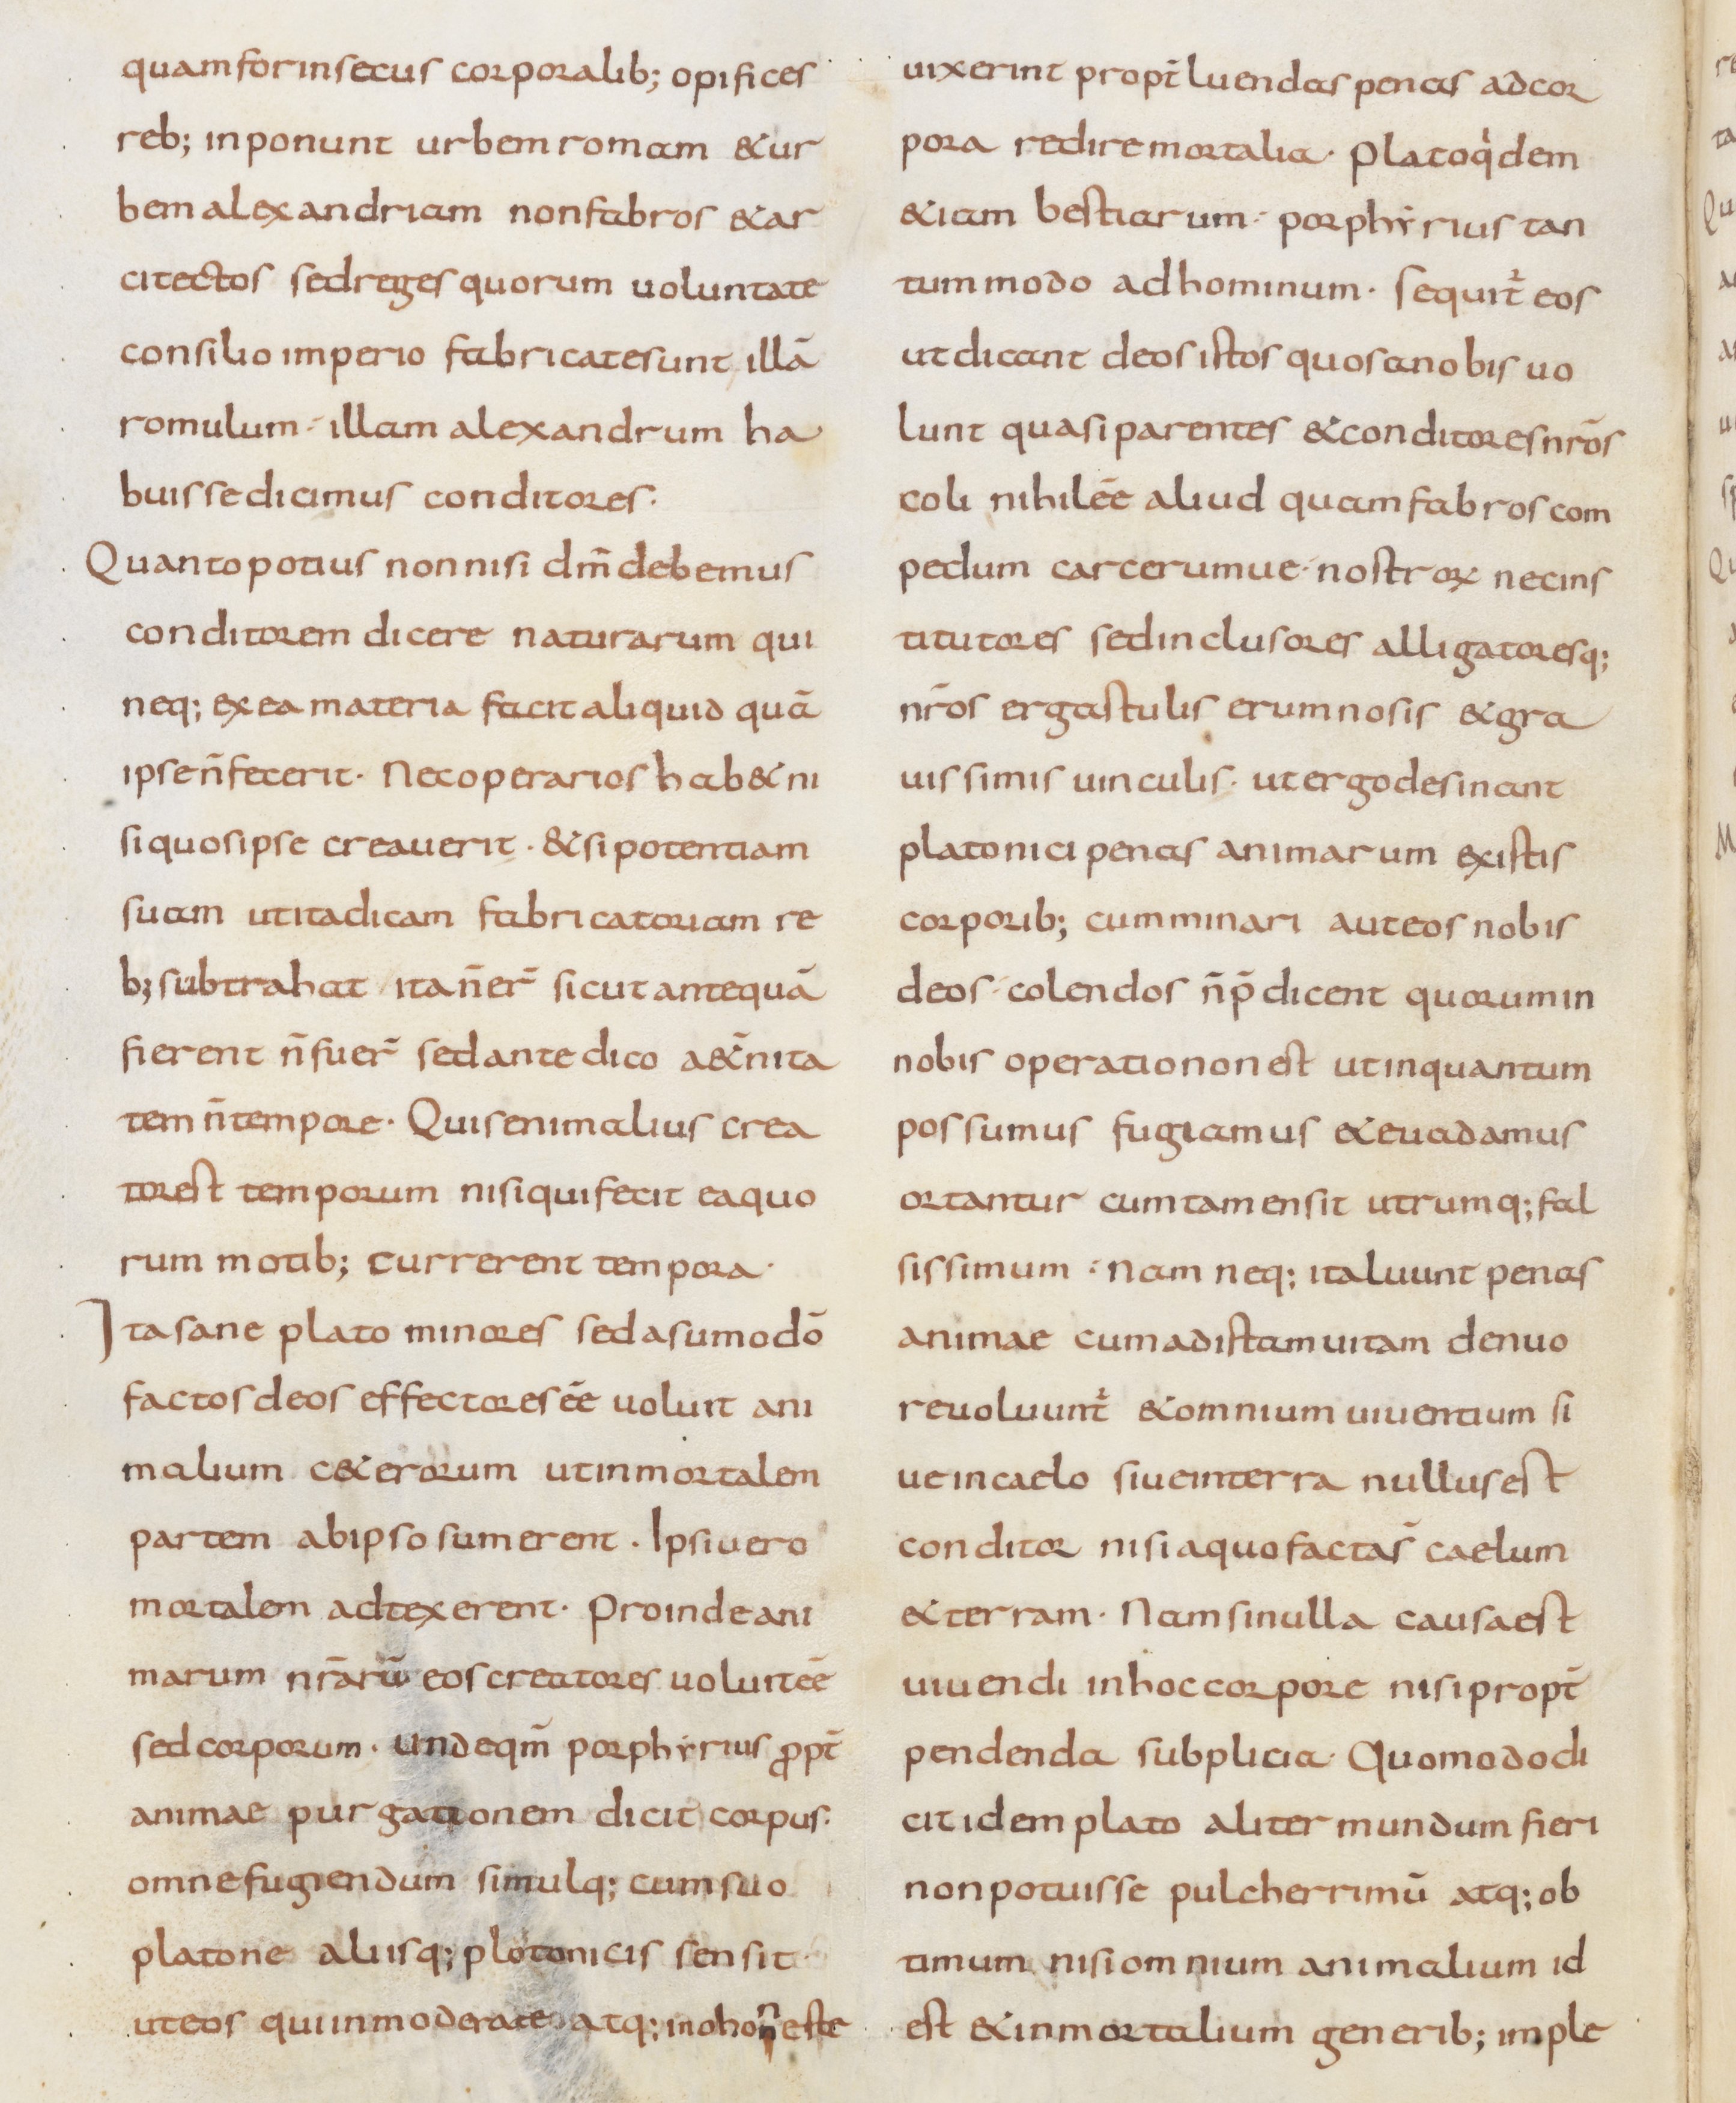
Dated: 800–899